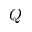
Q